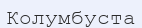
Колумбуста